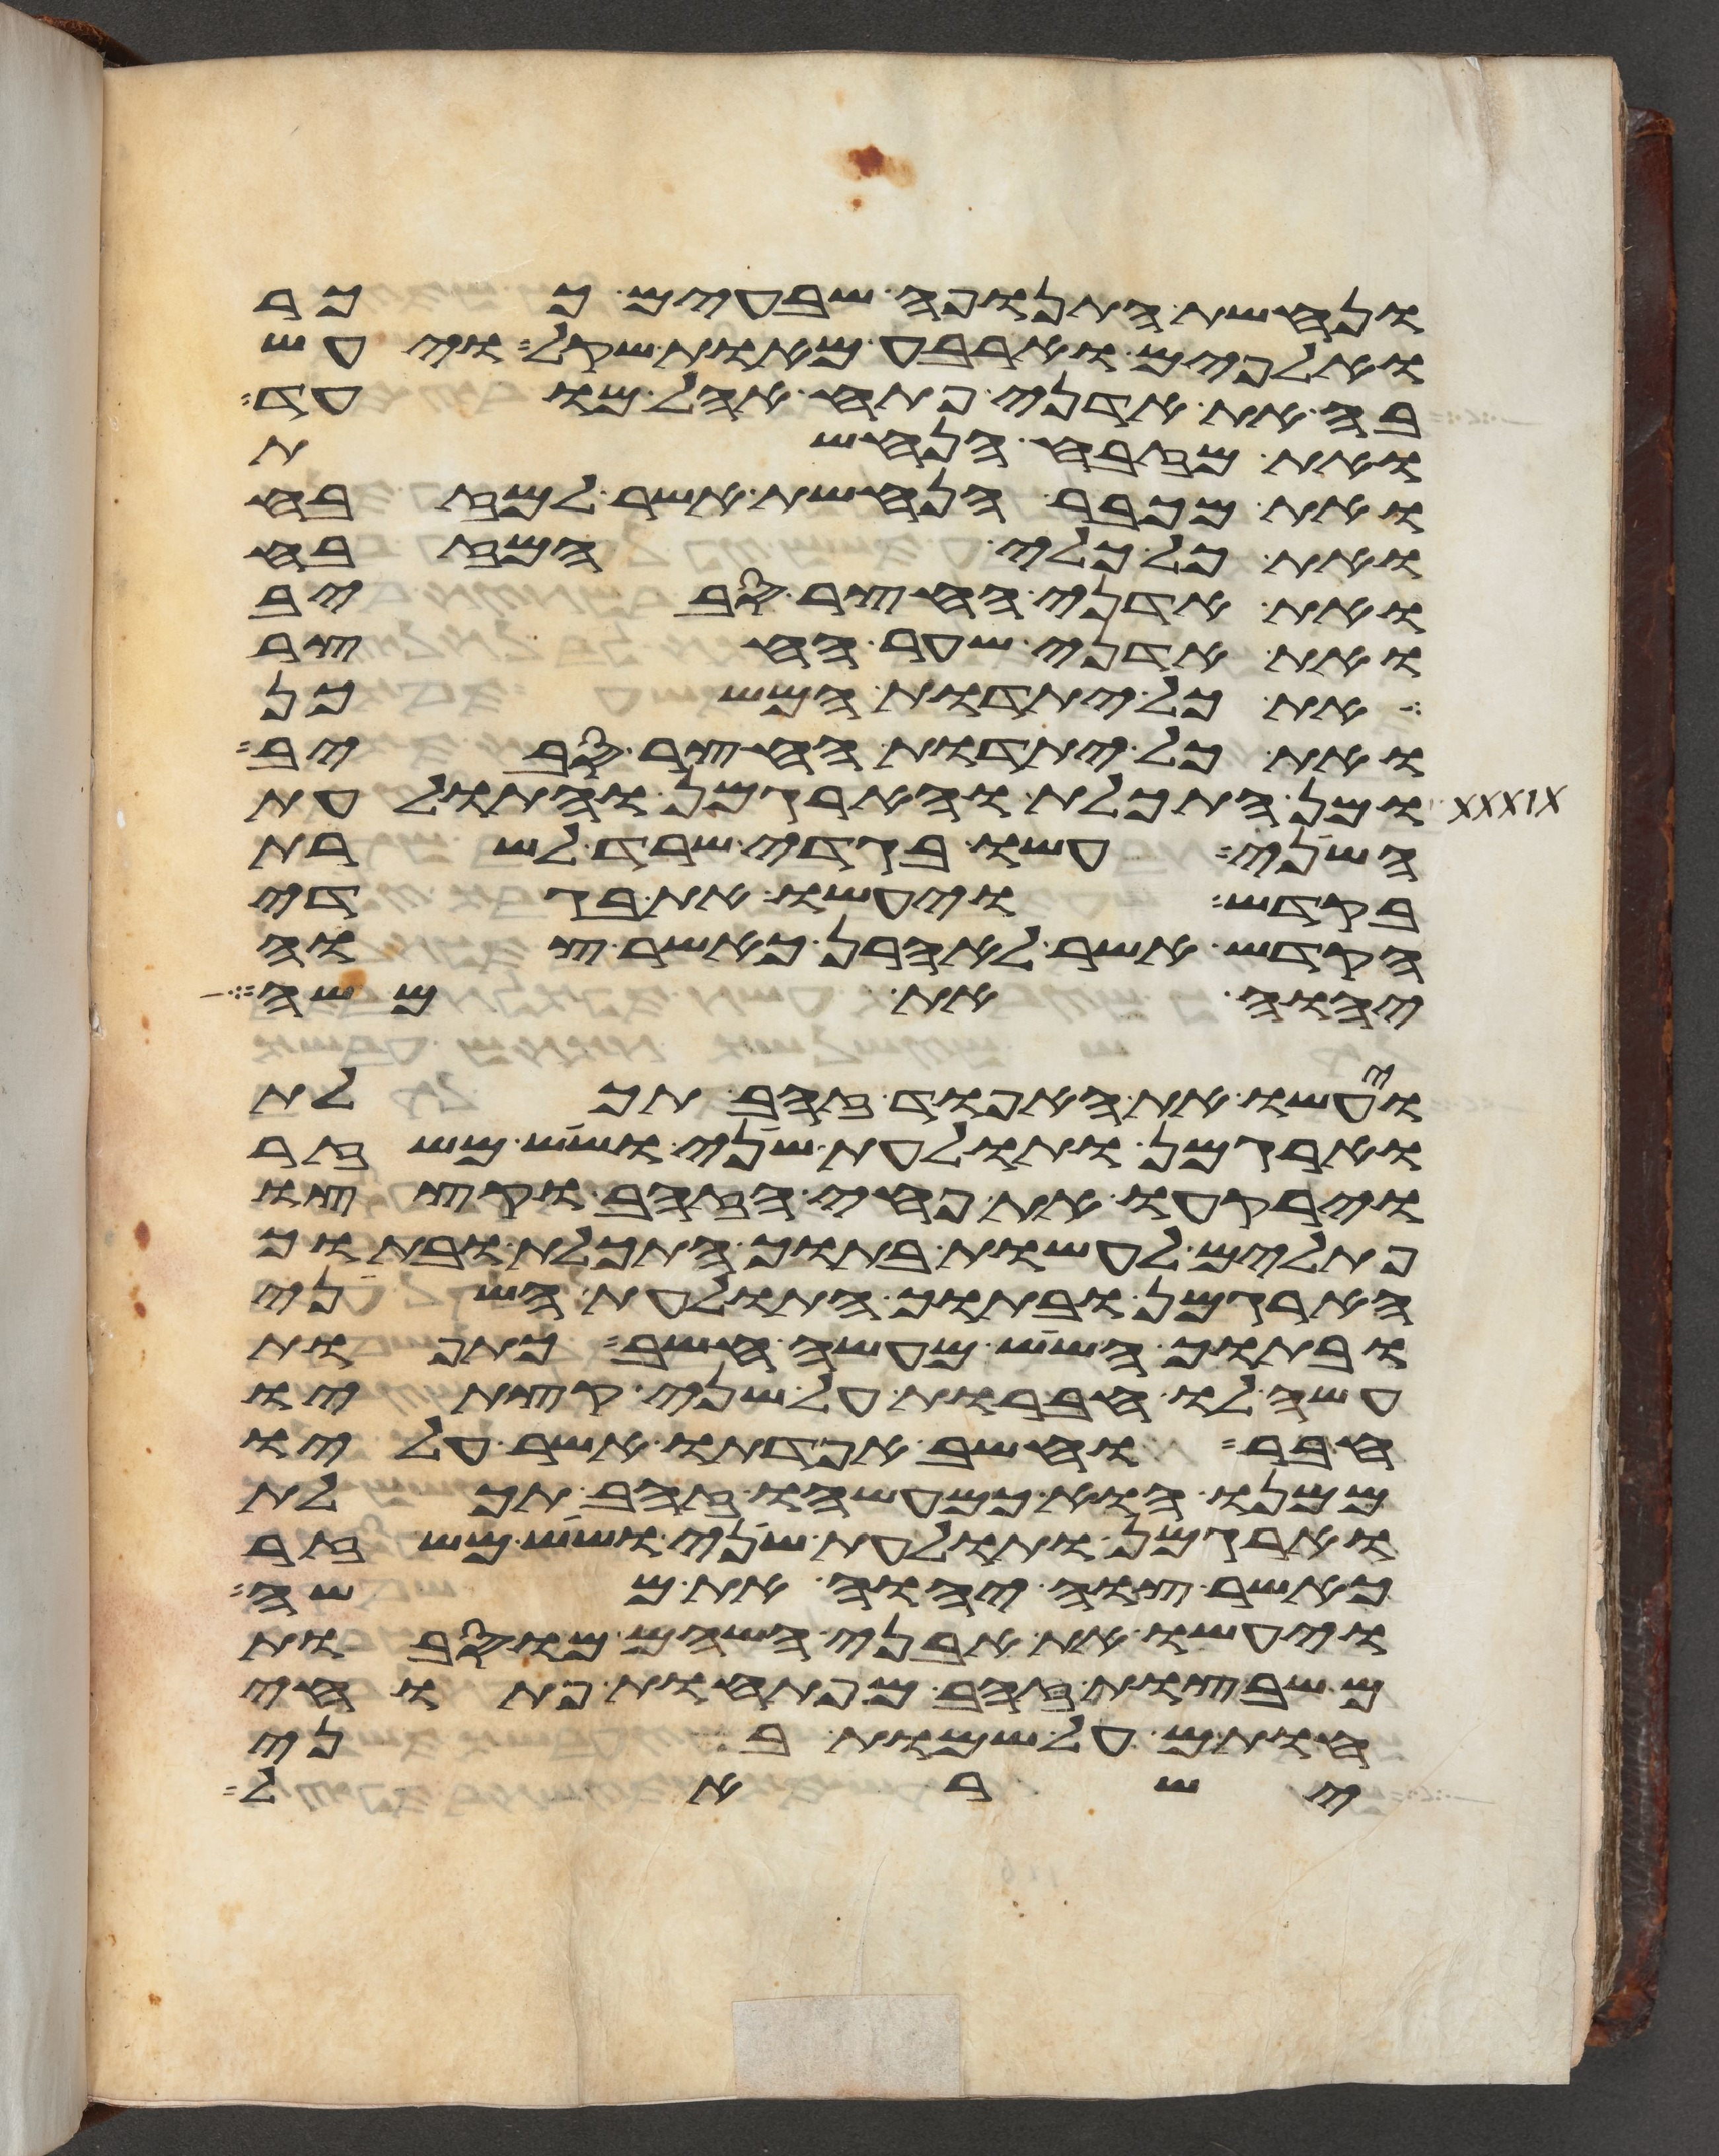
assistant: ונחשת התנופה שבעים ככר
ואלפים וארבע מאות שקל ויעש
בה את אדני פתח אהל מועד
ואת מזבח הנחשת
ואת מכבר הנחשת אשר למזבח
ואת כל כלי המזבח
ואת אדני החצר סביב
ואת אדני שער החצר
ואת כל יתדות המשכן
ואת כל יתדות החצר סביב
ומן התכלת והארגמן ותולעת
השני עשו בגדי שרד לשרת
בקדש ויעשו את בגדי
הקדש אשר לאהרן כאשר צוה
יהוה את משה
ועשו את האפוד זהב תכלת
וארגמן ותולעת שני ושש משזר
וירקעו את פחי הזהב וקצצו
פתילים לעשות בתוך התכלת ובתוך
הארגמן ובתוך התולעת השני
ובתוך השש מעשה חשב כתפות
עשה לו חברות על שני קצתיו
חבר וחשב אפדתו אשר עליו
ממנו הוא כמעשהו זהב תכלת
וארגמן ותולעת שני ושש משזר
כאשר צוה יהוה את משה
ויעשו את אבני השהם מוסבות
משבצות זהב מפתחות פתוחי
חותם על שמות בני
ישראל